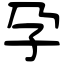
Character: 孕